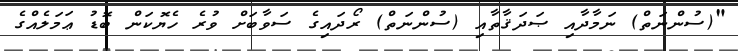
"(ސުންނަތް) ނަމާދާއި ޞަދަޤާތާއި (ސުންނަތް) ރޯދައިގެ ސަވާބަށް ވުރެ ހެޔޮކަން ބޮޑު ޢަމަލެއްގެ